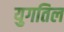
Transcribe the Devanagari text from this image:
युगतिल